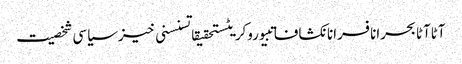
آٹاآٹا بحرانافسرانانکشافاتبیوروکریٹستحقیقاتسنسنی خیزسیاسی شخصیت